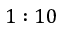
1 : 1 0